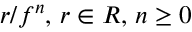
r / f ^ { n } , \, r \in R , \, n \geq 0